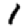
Digit: 1